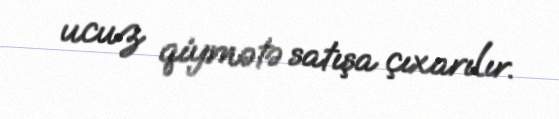
ucuz qiymətə satışa çıxarılır.